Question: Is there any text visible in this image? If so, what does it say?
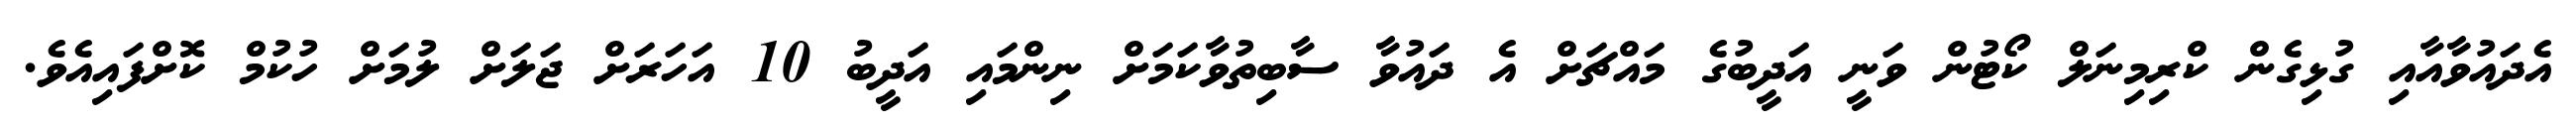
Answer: އެދައުވާއާއި ގުޅިގެން ކްރިމިނަލް ކޯޓުން ވަނީ އަދީބުގެ މައްޗަށް އެ ދައުވާ ސާބިތުވާކަމަށް ނިންމައި އަދީބު 10 އަހަރަށް ޖަލަށް ލުމަށް ހުކުމް ކޮށްފައިއެވެ.